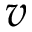
v